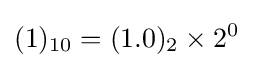
(1)_{10}=(1.0)_{2}\times 2^{0}